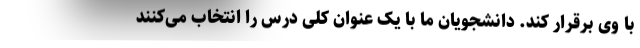
با وی برقرار کند. دانشجویان ما با یک عنوان کلی درس را انتخاب می‌کنند